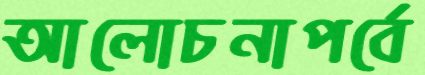
আলোচনাপর্বে